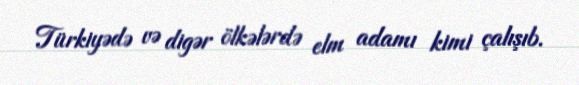
Türkiyədə və digər ölkələrdə elm adamı kimi çalışıb.